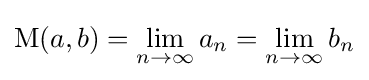
\operatorname {M} (a,b)=\lim _{n\to \infty }a_{n}=\lim _{n\to \infty }b_{n}